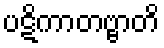
ပဋိကာတဗ္ဗာတိ